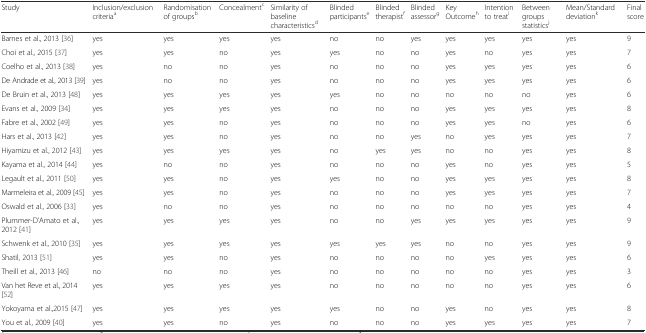
| Study | Inclusion/exclusion criteriaa | Randomisation of groupsb | Concealmentc | Similarity of baseline characteristicsd | Blinded participantse | Blinded therapistf | Blinded assessorg | Key Outcomeh | Intention to treati | Between groups statisticsj | Mean/Standard deviationk | Final score |
 | --- | --- | --- | --- | --- | --- | --- | --- | --- | --- | --- | --- | --- |
 | Barnes et al., 2013 [36] | yes | yes | yes | yes | no | no | yes | yes | yes | yes | yes | 9 |
 | Choi et al., 2015 [37] | yes | yes | no | yes | yes | no | no | yes | no | yes | yes | 7 |
 | Coelho et al., 2013 [38] | yes | no | no | yes | no | no | no | yes | yes | yes | yes | 6 |
 | De Andrade et al., 2013 [39] | yes | no | no | yes | no | no | no | yes | yes | yes | yes | 6 |
 | De Bruin et al., 2013 [48] | yes | yes | yes | yes | yes | no | no | no | no | no | yes | 6 |
 | Evans et al., 2009 [34] | yes | yes | yes | yes | no | no | no | yes | yes | yes | yes | 8 |
 | Fabre et al., 2002 [49] | yes | yes | no | yes | no | no | no | yes | yes | no | yes | 6 |
 | Hars et al., 2013 [42] | yes | yes | no | yes | no | no | yes | no | yes | yes | yes | 7 |
 | Hiyamizu et al., 2012 [43] | yes | yes | yes | yes | no | yes | yes | no | no | yes | yes | 8 |
 | Kayama et al., 2014 [44] | yes | no | no | yes | no | no | no | yes | no | yes | yes | 5 |
 | Legault et al., 2011 [50] | yes | yes | no | yes | yes | no | no | yes | yes | yes | yes | 8 |
 | Marmeleira et al., 2009 [45] | yes | yes | no | yes | no | no | no | yes | yes | yes | yes | 7 |
 | Oswald et al., 2006 [33] | yes | no | no | yes | no | no | no | no | no | yes | yes | 4 |
 | Plummer-D’Amato et al., 2012 [41] | yes | yes | yes | yes | no | no | yes | yes | yes | yes | yes | 9 |
 | Schwenk et al., 2010 [35] | yes | yes | yes | yes | yes | yes | yes | no | no | yes | yes | 9 |
 | Shatil, 2013 [51] | yes | yes | no | yes | no | no | no | no | yes | yes | yes | 6 |
 | Theill et al., 2013 [46] | no | no | no | yes | no | no | no | no | no | yes | yes | 3 |
 | Van het Reve et al., 2014 [52] | yes | yes | yes | yes | no | no | no | no | no | yes | yes | 6 |
 | Yokoyama et al.,2015 [47] | yes | yes | yes | yes | yes | no | no | yes | no | yes | yes | 8 |
 | You et al., 2009 [40] | yes | yes | no | yes | no | no | no | yes | yes | yes | yes | 7 |